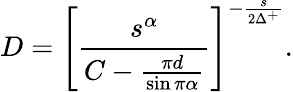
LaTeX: D=\left[\frac{s^{\alpha}}{C-\frac{\pi d}{\sin\pi\alpha}}\right]^{-\frac{s}{2\Delta^{+}}}.